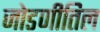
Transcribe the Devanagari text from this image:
जोडणीतिल